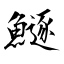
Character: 鱁